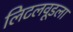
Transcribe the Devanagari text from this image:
लिटलवूडला